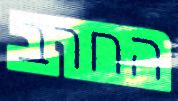
החרב